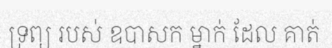
ទ្រព្យ របស់ ឧបាសក ម្នាក់ ដែល គាត់